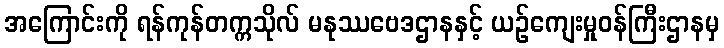
အကြောင်းကို ရန်ကုန်တက္ကသိုလ် မနုဿဗေဒဌာနနှင့် ယဉ်ကျေးမှုဝန်ကြီးဌာနမှ